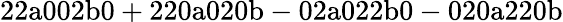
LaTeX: \mathrm{22a002b0+220a020b-02a022b0-020a220b}